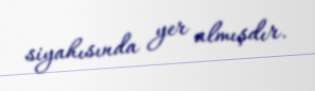
siyahısında yer almışdır.